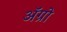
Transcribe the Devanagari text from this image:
अॅग्रो